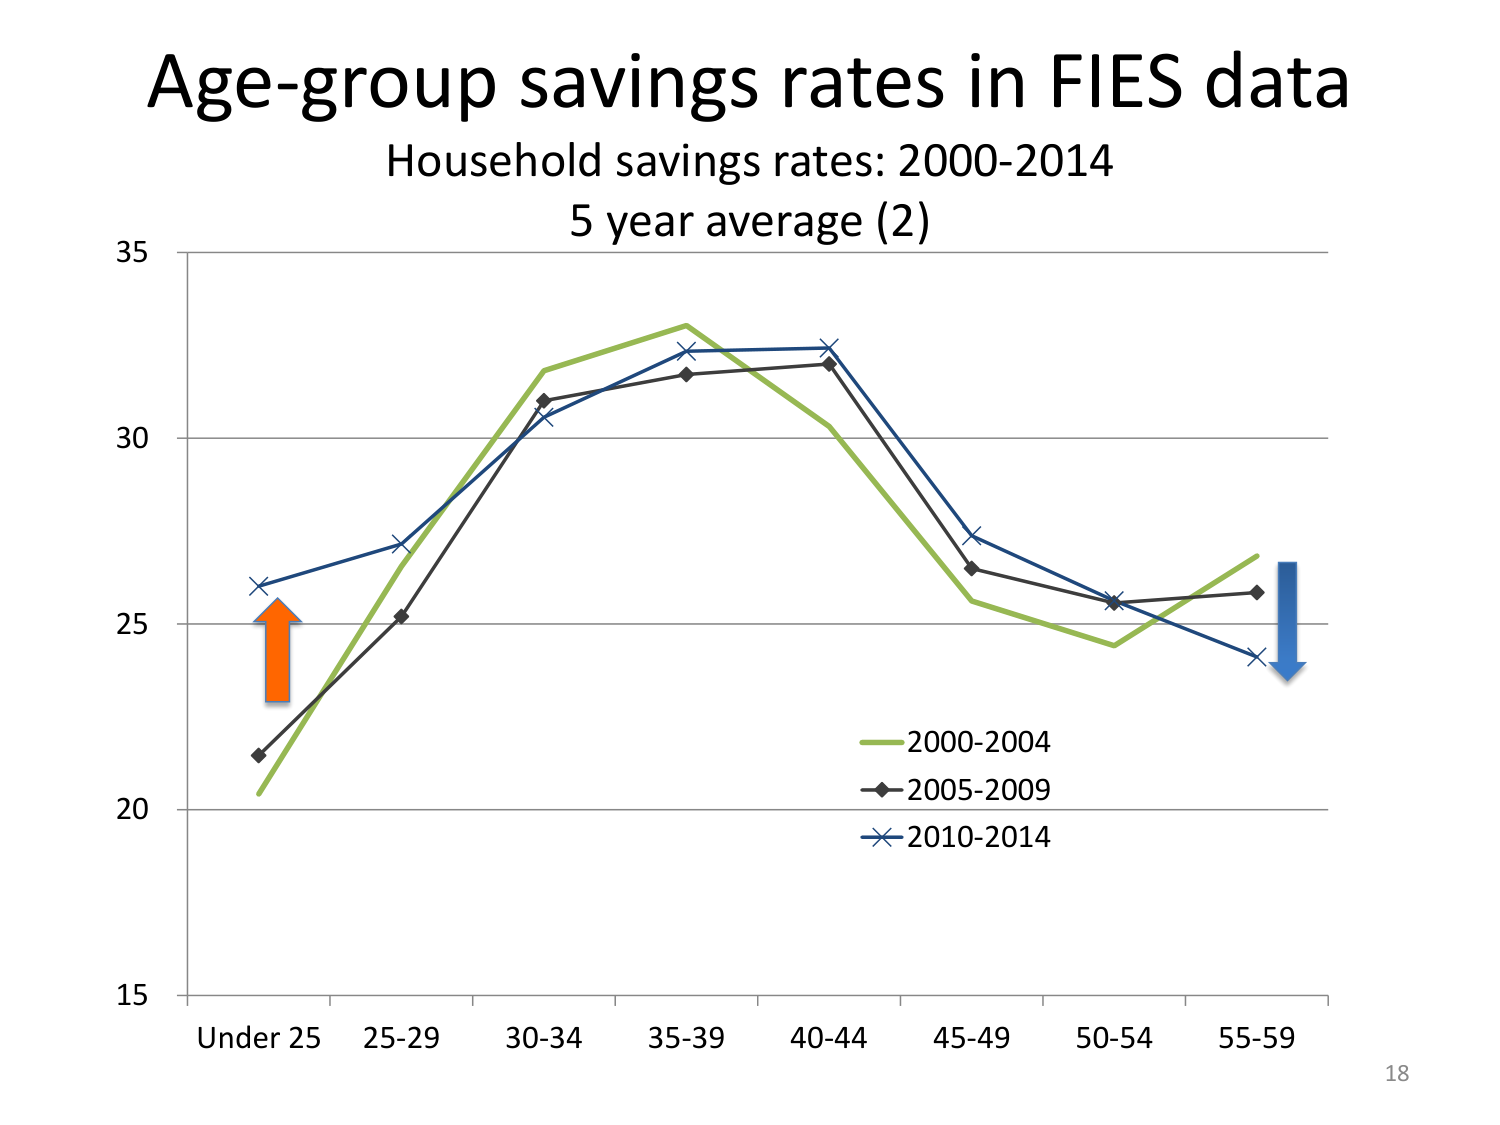
Age-group savings rates in FIES data
Household savings rates: 2000-2014
5 year average (2)
35
30
25
20
15
Under 25 25-29 30-34 35-39 40-44 45-49 50-54 55-59
2000-2004
2005-2009
2010-2014
18